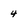
Character: 4